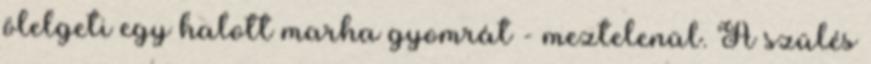
ölelgeti egy halott marha gyomrát - meztelenül. A szülés